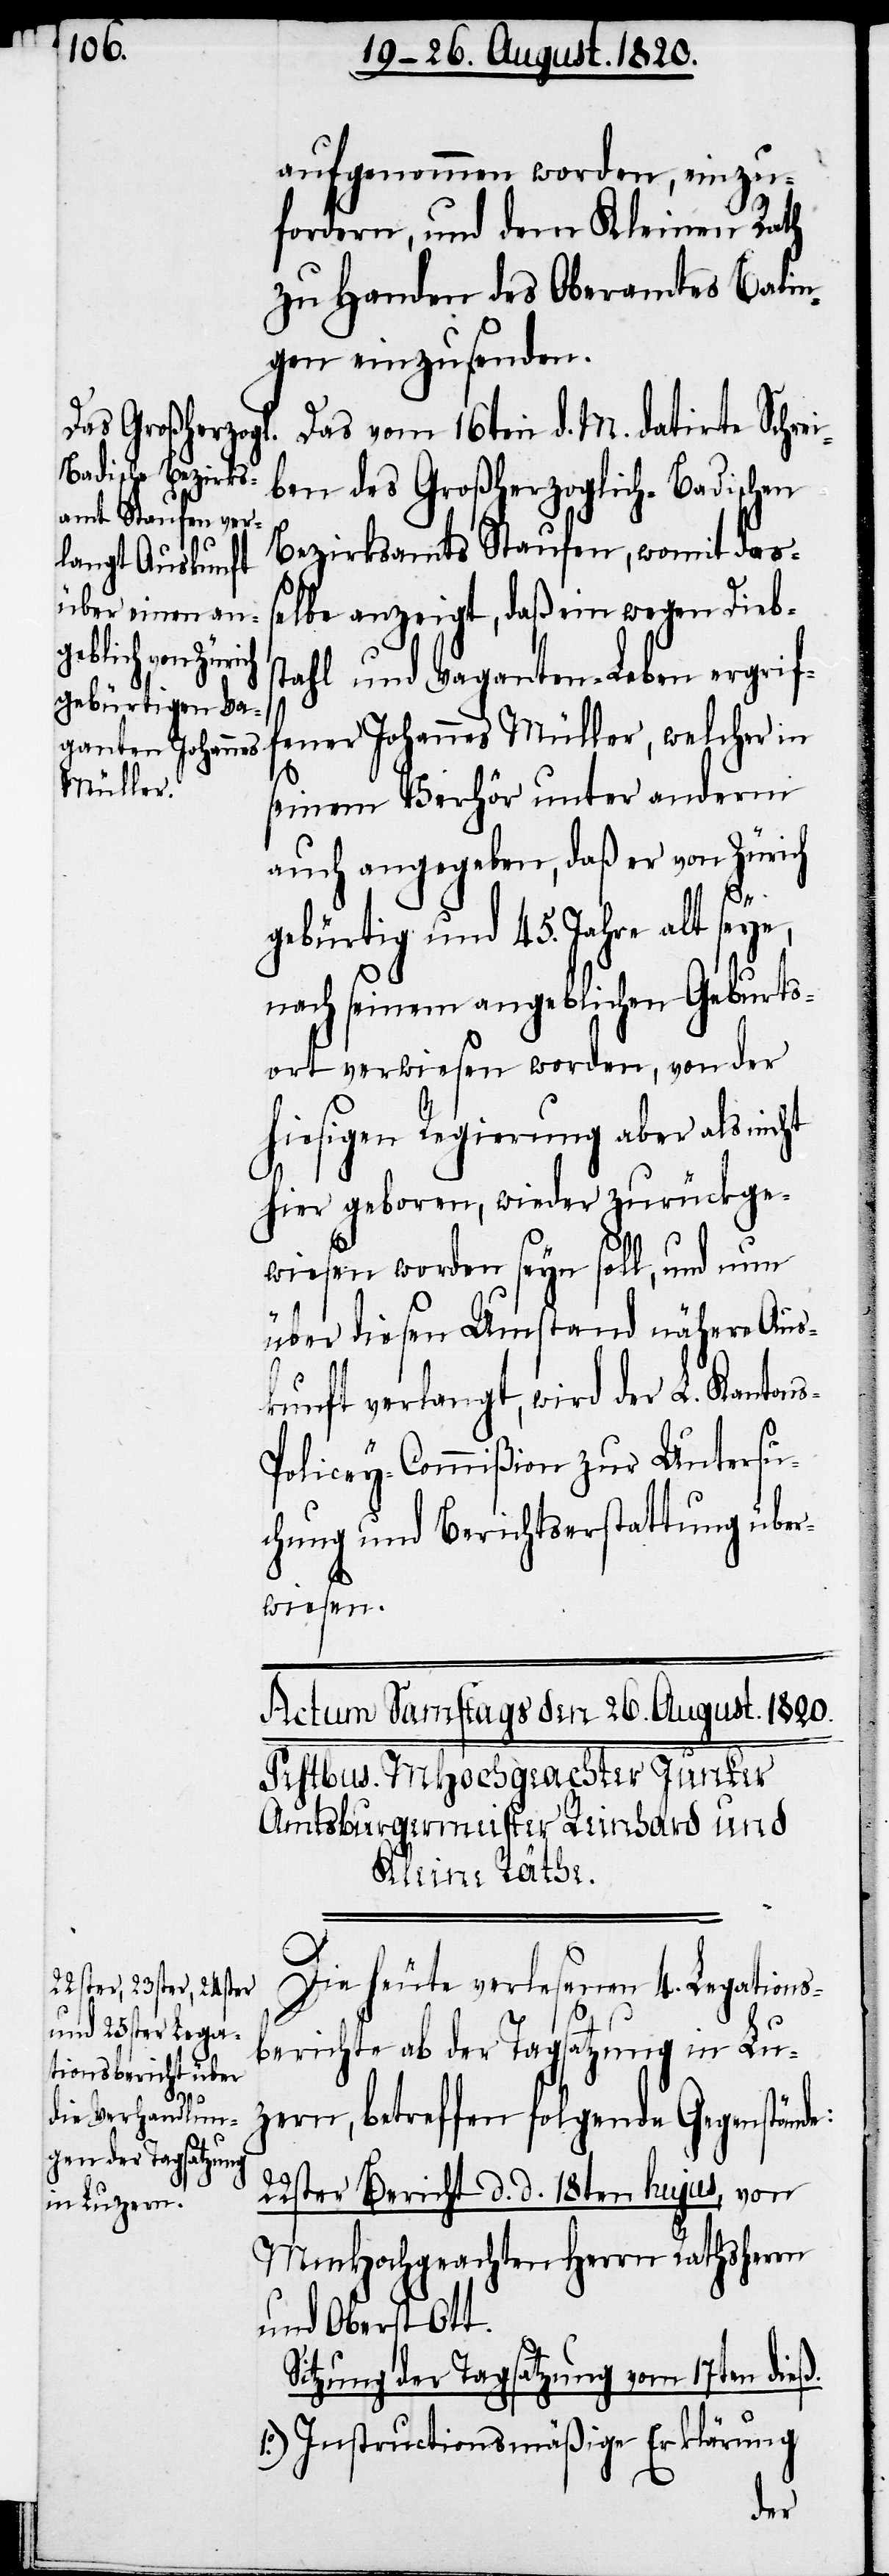
s-P¬

aufgenommen worden, einzu¬
fordern, und dem Kleinen Rath
zu Handen des Oberamtes Balin¬
gen einzusenden.
Das vom 16ten d. M. datirte Schrei¬
ben des Großherzoglich-Badischen
Bezirksamts Staufen, womit dass¬
elbe anzeigt, daß ein wegen Dieb¬
stahl und Vaganten-Leben ergrif¬
fener Johannes Müller, welcher in
seinem Verhör unter anderm
auch angegeben, daß er von Zürich
e,
gebürtig und 45. Jahre alt sey¬
nach seinem angeblichen Geburts¬
ort verweisen worden, von der
hiesigen Regierung aber als nicht
hier geboren, wieder zurückge¬
wiesen worden seyn soll, und nun
über diesen Umstand nähere Aus¬
kunft verlangt, wird der L. Kanton¬
olicey-Commißion zur Untersu¬
chung und Berichtserstattung über¬
wiesen.
Die heute verlesenen 4. Legations¬
berichte ab der Tagsatzung in Lu¬
zern, betreffen folgende Gegenstände:
22ster Bericht d. d. 18ten hujus, von
MmHochgeachten Herrn Rathsherrn
und Oberst Ott.
Sitzung der Tagsatzung vom 17ten dieß.
1.) Instructionsmäßige Erklärung